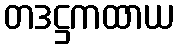
တဒဋ္ဌကထာယ